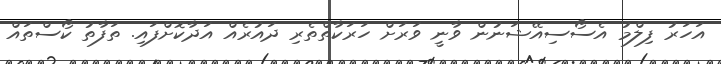
އަހަރު ފިލްމު އެސޯސިއޭޝަނުން ވާނީ ވަރަށް ހަރަކާތްތެރި ދައުރެއް އަދާކޮށްފައި. ތަފާތު ކޯސްތައް